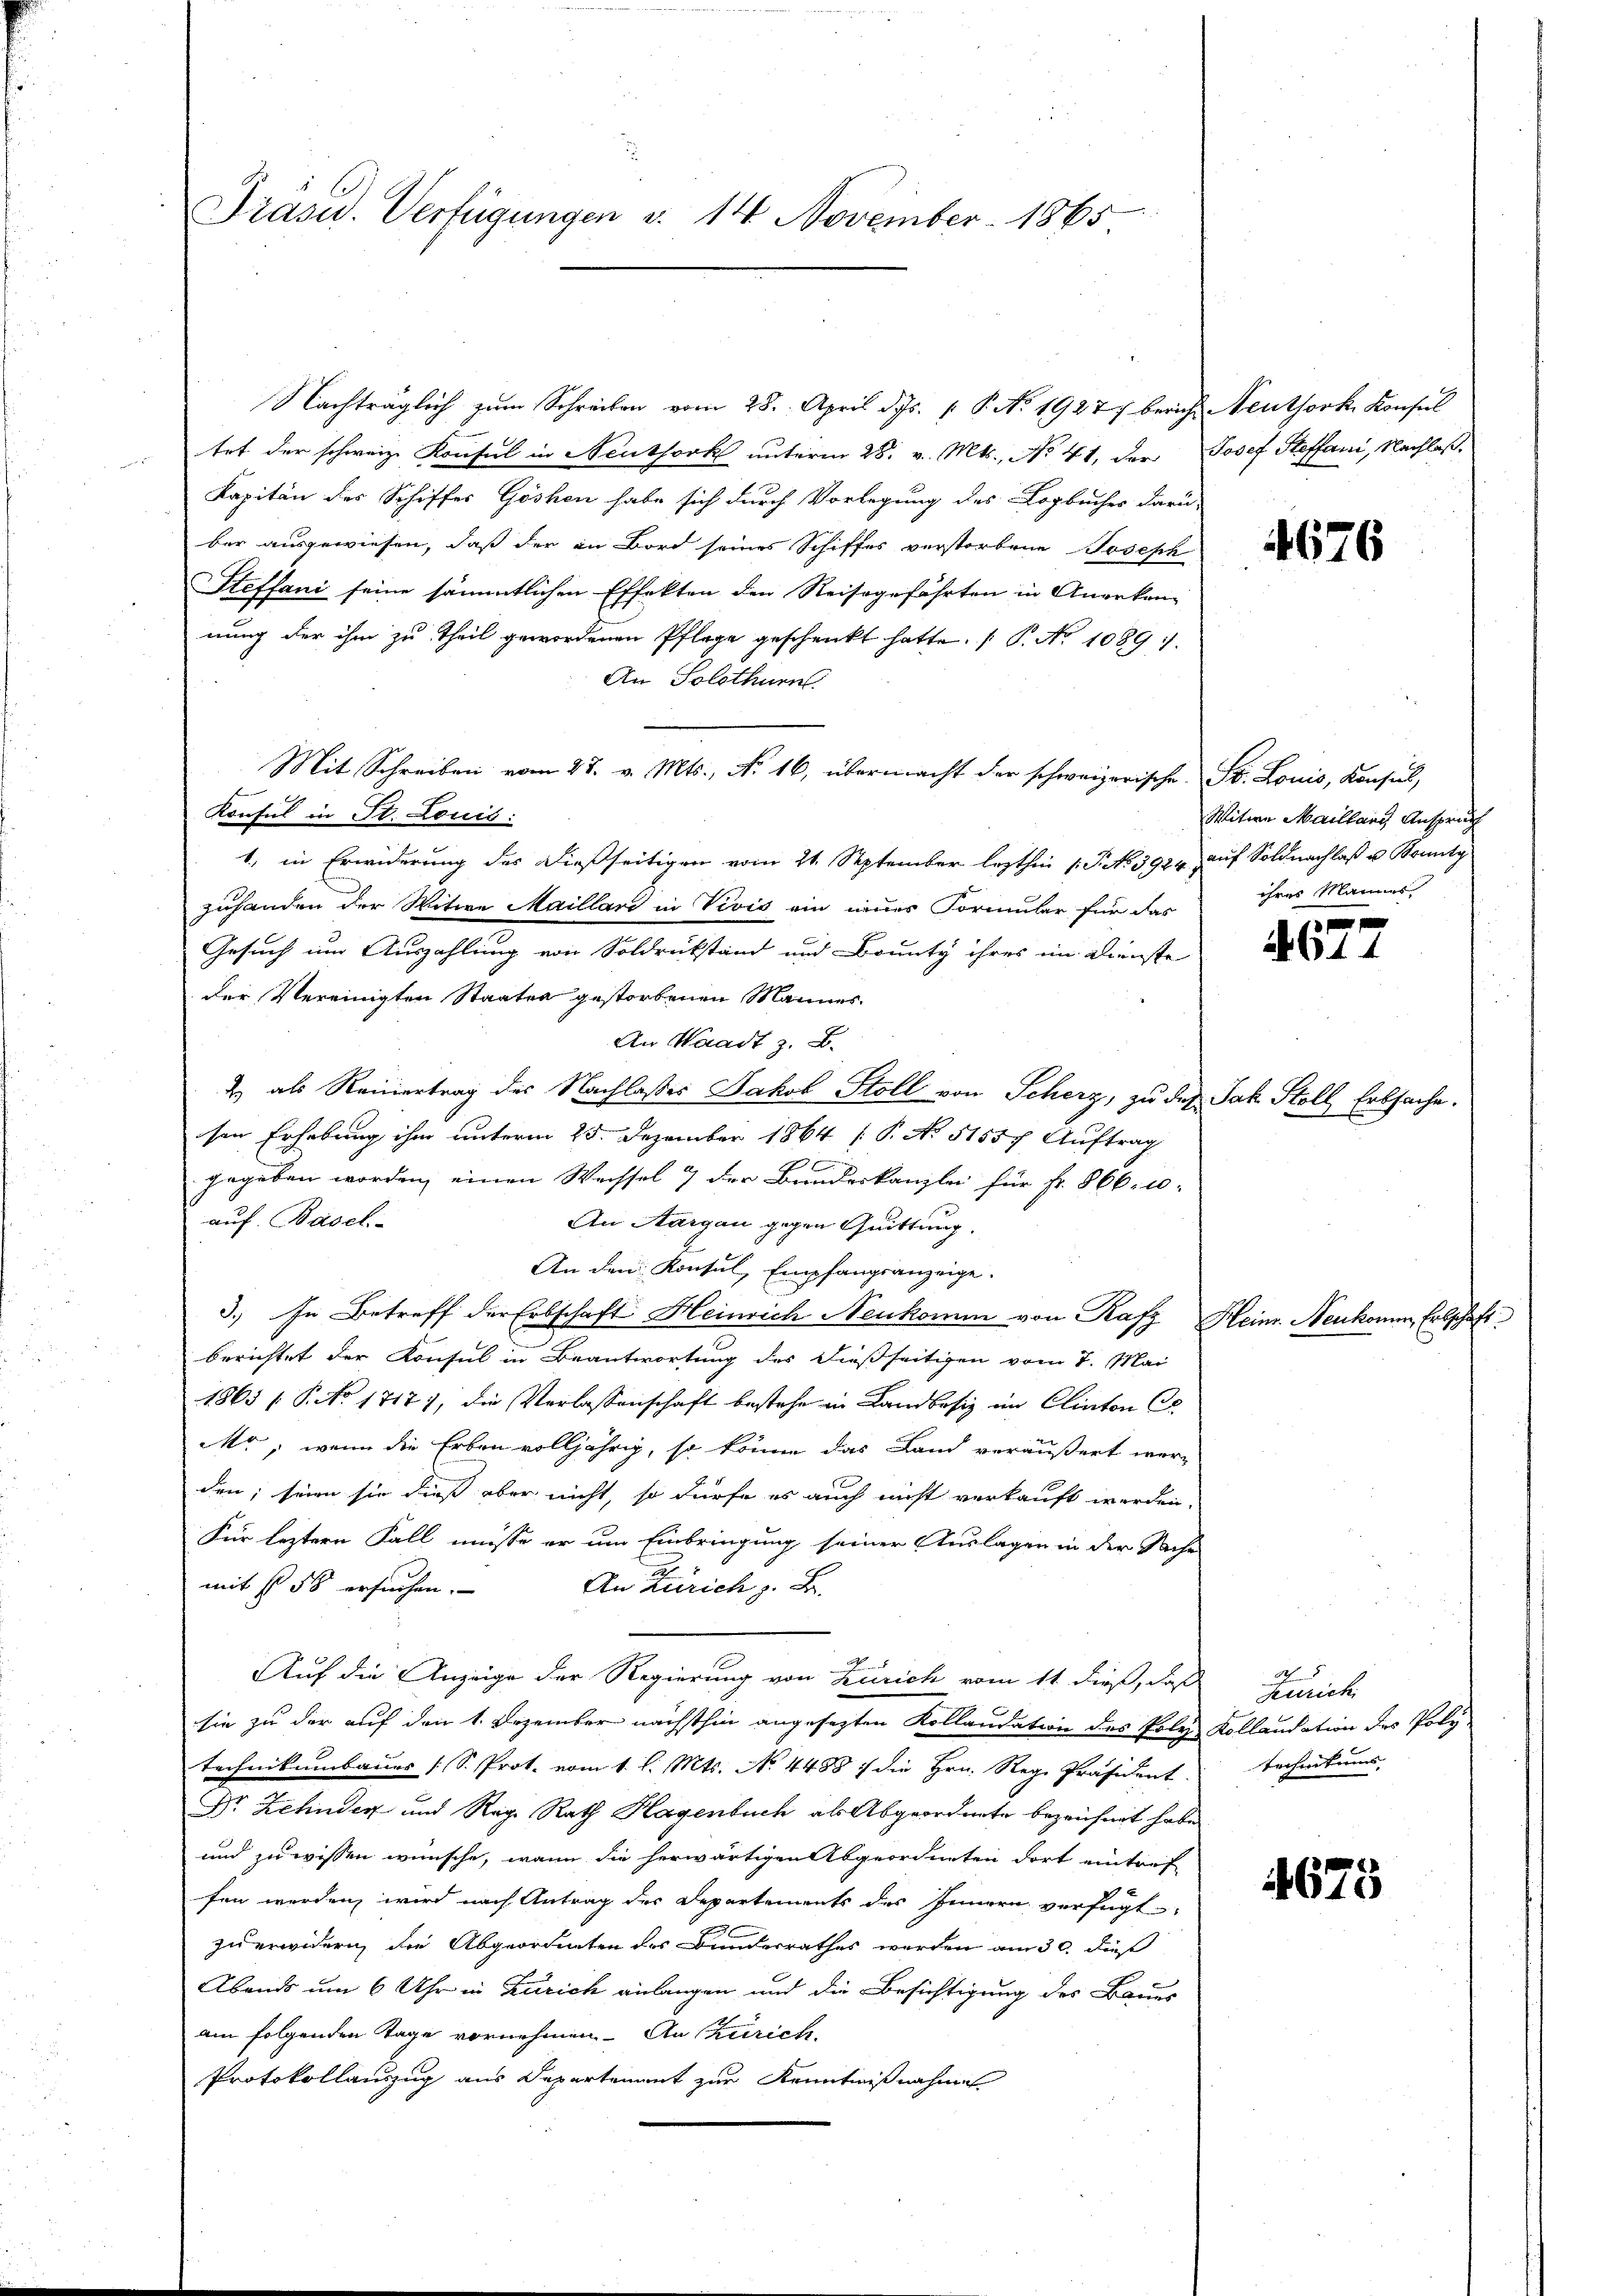
n
Präsid. Verfügungen d. 14 November 1865

Konsul in St. Louis:

Nachträglich zum Schreiben vom 28. April d. Js. 1. P. No. 1927 bericht
tet der schweiz. Konsul in Neuthork unterm 28. v. Mts., No 41. der Josef Steffani, Nachlaß¬
Kapitän der Schiffes Göshen habe sich durch Vorlegung des Logbucher darü-
ber ausgewiesen, daß der in Bord seines Schiffes verstorbene Joseph
Steffani seine sämmtlichen Effekten den Reisegefährten in Anerkan-
nung der ihm zu theil gewordenen Pflege geschenkt hatte. (T. No 10891.
An Solothur.
Mit Schreiben vom 27. v. Mts., No. 16, übermacht der schweizerische St. Louis, Konsul,
1., in Erwiderung des dießseitigen vom 21. September lezthin 1. P. No 3924 auf Soldnachlaß u Bonitg
zuhanden der Witwe Maillard in Vivis ein eines Formular für das
Gesuch um Auszahlung von Soldrükstand und Bounty ihres im Dienste
der Vereinigten Staaten gestorbenen Mannes.
An Waadt z. B.
2 als Reinertrag des Nachlasses Jakob Stoll von Scherz, zu des Jak. Stoll Erbsache.
sen Erhebung ihm unterm 25. Dezember 1864 ( P. No 51557. Auftrag
3
gegeben worden, einen Weissel 7 der Bundeskanzlei für Fr. 866. 10.
auf. Basel
An Aargau gegen Quittung.
An den Konsul, Empfangsanzeige.
3.) In Betreff der Erbschaft Heinrich Neukomm von Rafz
f
berichtet der Konsul in Beantwortung des dießseitigen vom 7. Mai
1865 ( P. No 1717), die Verlassenschaft bestehe in Landbesiz im Clinton Co
Mo, wenn die Erben volljährig, so könne das Land veräußert werden; seien sie dies aber nicht, so dürfe es auch nicht verkauft werden.
Für leztern Fall müsse er um Einbringung seiner Auslagen in der Sache
mit § 56 ersuchen. An Zürich z. B.
2
Auf die Anzeige der Regierung von Zürich vom 11 dieß, daß
sie zu der auf den 1. Dezember nächsthin angesezten Kollaudation des Poly Kollandation des Poly
technikumbauer (S. Prot. vom 1. l. Mts. No. 4488 / die Hrn. Reg. Präsident
Dr Zehnder und Reg. Rath Hagenbuch als Abgeordnete bezeichnet habe
und zu wissen wünsche, wenn die herwärtigen Abgeordneten dort eintref
fen werden wird nach Antrag des Departements des Innern verfügt,
zu erwidern, die Abgeordneten des Bundesrathes werden am 30. dieß
Abends um 6 Uhr in Zürich anlangen und die Besichtigung des Baues
am folgenden Tage vornehmen. An Zürich.
Protokollauszug aus Departement zur Kenntnißnahmes

Neuthork Konsul

4676

Witwe Maillars Anspruch
ihres Mannes,

1 f
A614

Heinr. Neukonen, Erbschaft

5
Zürich
Technitums,

4675